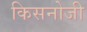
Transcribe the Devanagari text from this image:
किसनोजी